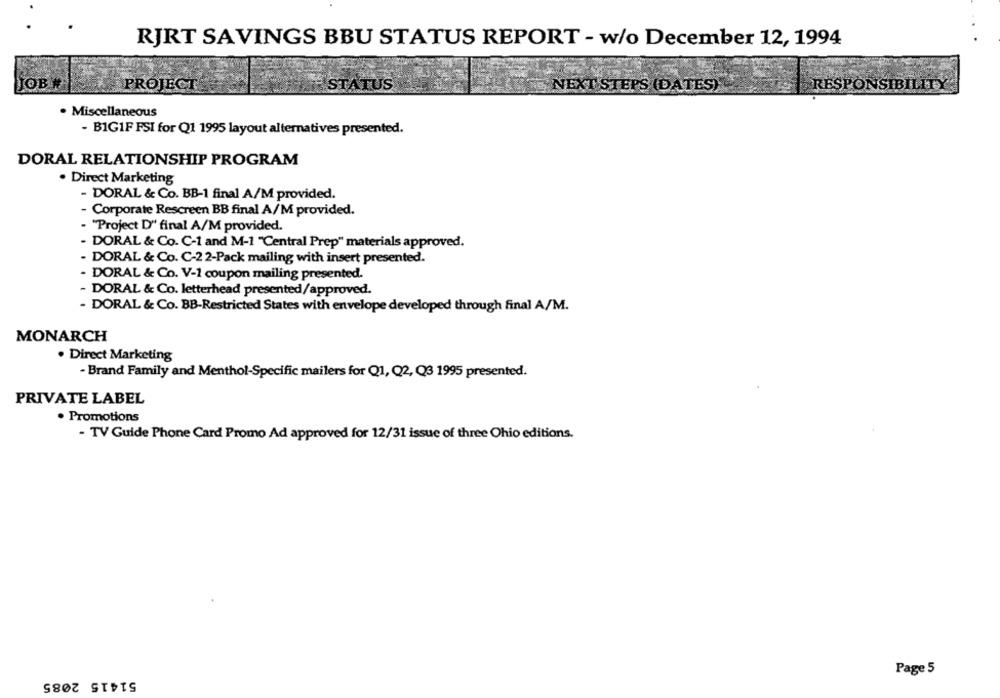
RJRT SAVINGS BBU STATUS REPORT - w/o December 12, 1994
JOB
PROJECT
STATUS
NEXT STEPS (DATES)
RESPONSIBILITY
. Miscellaneous
- B1G1F FSI for Q1 1995 layout alternatives presented.
DORAL RELATIONSHIP PROGRAM
· Direct Marketing
- DORAL & Co. BB-1 final A/M provided.
- Corporate Rescreen BB final A/M provided.
- "Project D"' final A/M provided.
· DORAL & Co. C-1 and M-1 "Central Prep" materials approved.
- DORAL & Co. C-2 2-Pack mailing with insert presented.
- DORAL & Co. V-1 coupon mailing presented.
- DORAL & Co. letterhead presented/approved.
- DORAL & Co. BB-Restricted States with envelope developed through final A/M.
MONARCH
. Direct Marketing
- Brand Family and Menthol-Specific mailers for Q1, Q2, Q3 1995 presented.
PRIVATE LABEL
. Promotions
- TV Guide Phone Card Promo Ad approved for 12/31 issue of three Ohio editions.
51415 2085
Page 5